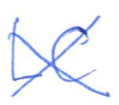
Text: LC
Cross-out: mix
Writing tool: ballpoint